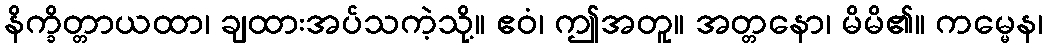
နိက္ခိတ္တာယထာ၊ ချထားအပ်သကဲ့သို့။ ဧဝံ၊ ဤအတူ။ အတ္တနော၊ မိမိ၏။ ကမ္မေန၊